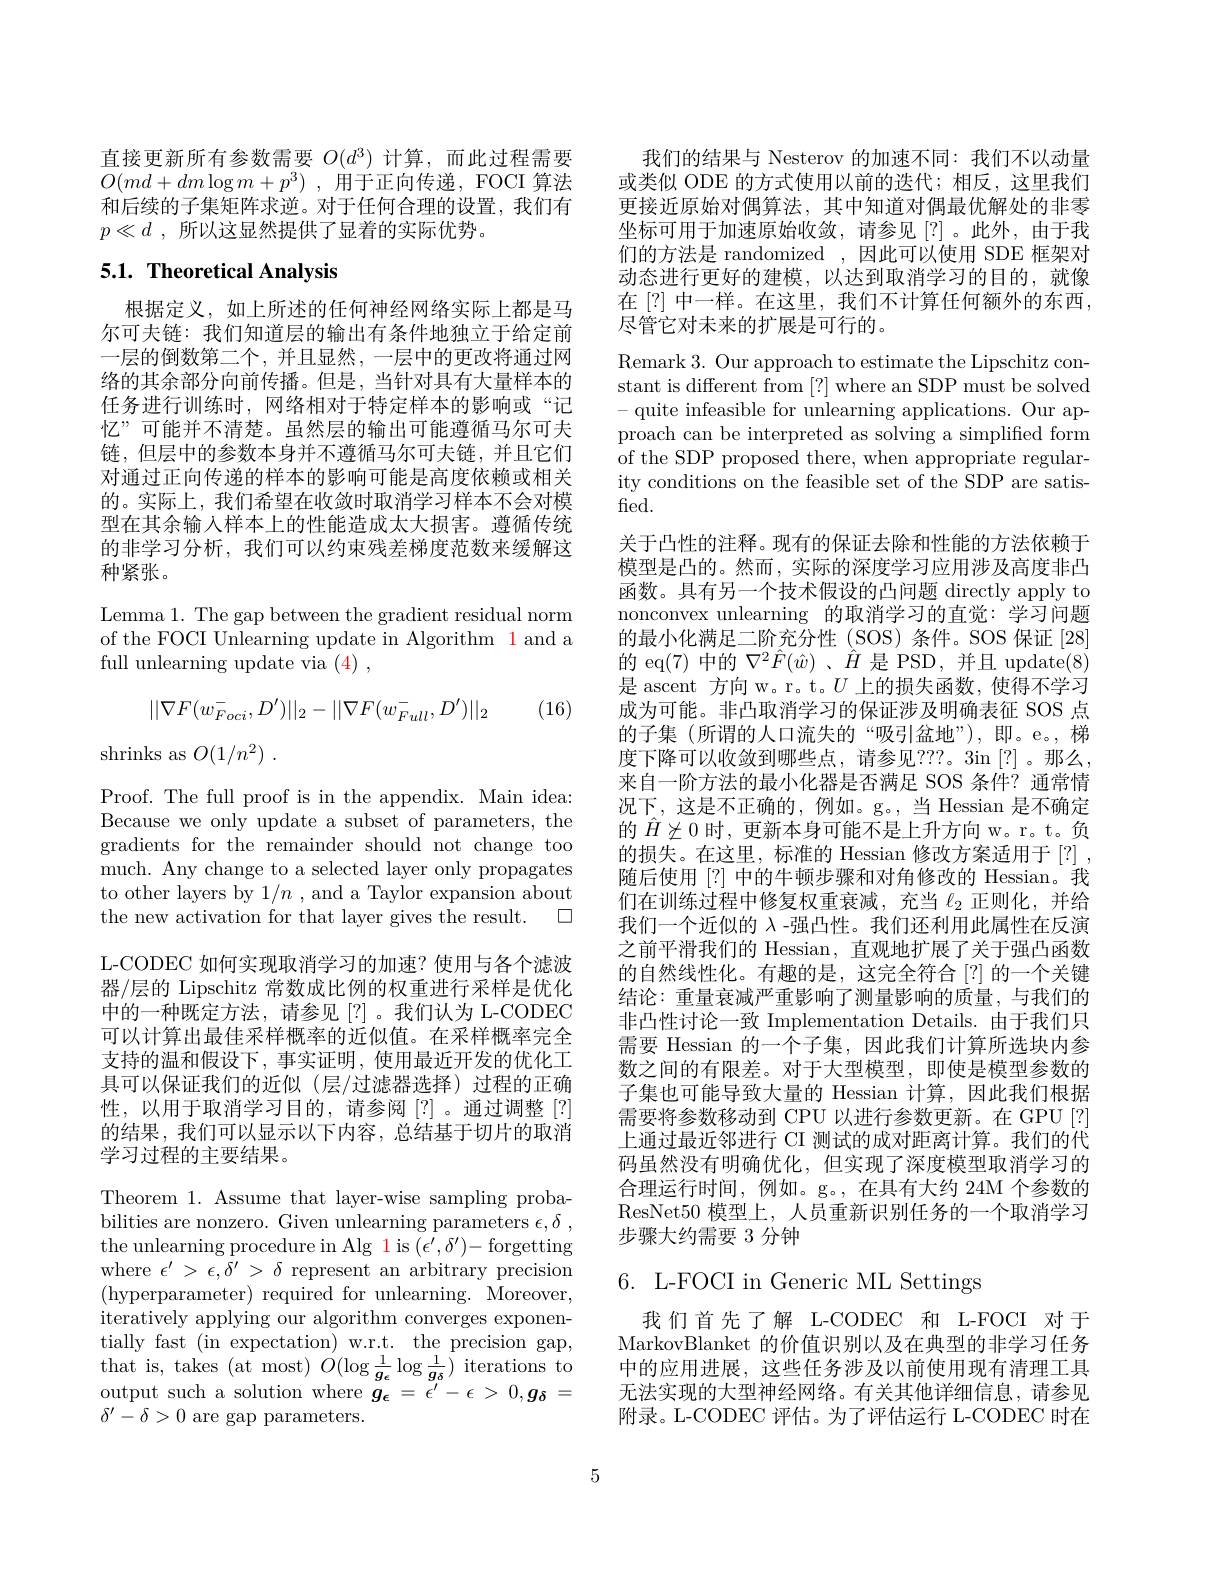
直接更新所有参数需要$O(d^3)$计算，而此过程需要$O( md+ dm\log m+ p^{3})$ ,用于正向传递，FOCI 算法和后续的子集矩阵求逆。对于任何合理的设置，我们有$p\ll d$ ,所以这显然提供了显着的实际优势。

## 5.1. Theoretical Analysis

根据定义，如上所述的任何神经网络实际上都是马尔可夫链：我们知道层的输出有条件地独立于给定前一层的倒数第二个，并且显然，一层中的更改将通过网络的其余部分向前传播。但是，当针对具有大量样本的任务进行训练时，网络相对于特定样本的影响或“记忆”可能并不清楚。虽然层的输出可能遵循马尔可夫链，但层中的参数本身并不遵循马尔可夫链，并且它们对通过正向传递的样本的影响可能是高度依赖或相关的。实际上，我们希望在收敛时取消学习样本不会对模型在其余输入样本上的性能造成太大损害。遵循传统的非学习分析，我们可以约束残差梯度范数来缓解这种紧张。

Lemma 1. The gap between the gradient residual norm of the FOCI Unlearning update in Algorithm 1 and a full unlearning update via (4),
$$\begin{aligned}||\nabla F(w_{Foci}^{-},D')||_{2}-||\nabla F(w_{Full}^{-},D')||_{2}\end{aligned}$$
(16)

$\operatorname { shrinks as } O( 1/ n^2)$ .

Proof. The full proof is in the appendix. Main idea: Because we only update a subset of parameters, the gradients for the remainder should not change too much. Any change to a selected layer only propagates to other layers by $1/n$ , and a Taylor expansion about the new activation for that layer gives the result. $\square$ L-CODEC 如何实现取消学习的加速？使用与各个滤波器/层的 Lipschitz 常数成比例的权重进行采样是优化中的一种既定方法，请参见[?]。我们认为 L-CODEC 可以计算出最佳采样概率的近似值。在采样概率完全支持的温和假设下，事实证明，使用最近开发的优化工具可以保证我们的近似(层/过滤器选择)过程的正确性，以用于取消学习目的，请参阅[?]。通过调整[?] 的结果，我们可以显示以下内容，总结基于切片的取消学习过程的主要结果。

Theorem 1. Assume that layer-wise sampling probabilities are nonzero. Given unlearning parameters $\epsilon , \delta$ , the unlearning procedure in Alg 1 is $(\epsilon^{\prime},\delta^{\prime})-$forgetting where $\epsilon^{\prime}>\epsilon,\delta^{\prime}>\delta$ represent an arbitrary precision (hyperparameter) required for unlearning. Moreover, iteratively applying our algorithm converges exponentially fast (in expectation) w.r.t. the precision gap, that is, takes ( at most) $O( \log \frac 1{g_{\epsilon }}\log \frac 1{g_{\delta }})$ iterations to output such a solution where $g_{\epsilon}=\epsilon^{\prime}-\epsilon>0,g_{\delta}=$ $\delta'-\delta>0$ are gap parameters.

我们的结果与 Nesterov 的加速不同：我们不以动量或类似 ODE 的方式使用以前的迭代；相反，这里我们更接近原始对偶算法，其中知道对偶最优解处的非零坐标可用于加速原始收敛，请参见[?]。此外，由于我们的方法是 randomized ,因此可以使用 SDE 框架对动态进行更好的建模，以达到取消学习的目的，就像在[?] 中一样。在这里，我们不计算任何额外的东西， 尽管它对未来的扩展是可行的。

Remark 3. Our approach to estimate the Lipschitz constant is different from [?] where an SDP must be solved -quite infeasible for unlearning applications. Our approach can be interpreted as solving a simplified form of the SDP proposed there, when appropriate regularity conditions on the feasible set of the SDP are satisfed.
关于凸性的注释。现有的保证去除和性能的方法依赖于模型是凸的。然而，实际的深度学习应用涉及高度非凸函数。具有另一个技术假设的凸问题 directly apply to nonconvex unlearning 的取消学习的直觉：学习问题的最小化满足二阶充分性(SOS)条件。SOS 保证[28] 的 eq(7)中的$\nabla^2\hat{F}(\hat{w})$ 、$\hat{H}$是 PSD,并且 update(8) 是 ascent 方向 w。r。t。$U$上的损失函数，使得不学习成为可能。非凸取消学习的保证涉及明确表征 SOS 点的子集 (所谓的人口流失的“吸引盆地”),即。e。,梯度下降可以收敛到哪些点，请参见？??。3in[?]。那么， 来自一阶方法的最小化器是否满足 SOS 条件？通常情况下，这是不正确的，例如。g。,当 Hessian 是不确定的$\hat{H}\not\succeq0$时，更新本身可能不是上升方向 w。r。t。负的损失。在这里，标准的 Hessian 修改方案适用于[?] , 随后使用[?] 中的牛顿步骤和对角修改的 Hessian。我们在训练过程中修复权重衰减，充当$\ell_{2}$正则化，并给我们一个近似的$\lambda$ -强凸性。我们还利用此属性在反演之前平滑我们的 Hessian, 直观地扩展了关于强凸函数的自然线性化。有趣的是，这完全符合[?]的一个关键结论：重量衰减严重影响了测量影响的质量，与我们的非凸性讨论一致 Implementation Details. 由于我们只需要 Hessian 的一个子集，因此我们计算所选块内参数之间的有限差。对于大型模型，即使是模型参数的子集也可能导致大量的 Hessian 计算，因此我们根据需要将参数移动到 CPU 以进行参数更新。在 GPU [?] 上通过最近邻进行 CI 测试的成对距离计算。我们的代码虽然没有明确优化，但实现了深度模型取消学习的合理运行时间，例如。g。, 在具有大约 24M 个参数的ResNet50 模型上，人员重新识别任务的一个取消学习步骤大约需要 3 分钟

6. L-FOCI in Generic ML Settings

我们首先了解 L-CODEC 和 L-FOCI 对于MarkovBlanket 的价值识别以及在典型的非学习任务中的应用进展，这些任务涉及以前使用现有清理工具无法实现的大型神经网络。有关其他详细信息，请参见附录。L-CODEC 评估。为了评估运行 L-CODEC 时在

5